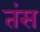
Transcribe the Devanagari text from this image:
तंस